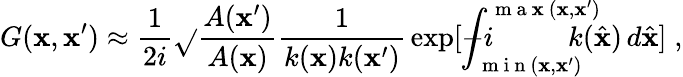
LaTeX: G(\mathbf{x},\mathbf{x}^{\prime})\approx\frac{{1}}{{2i}}\sqrt{}{{\frac{{A(\mathbf{x}^{\prime})}}{{A(\mathbf{x})}}\frac{{1}}{{{k(\mathbf{x})k(\mathbf{x}^{\prime})}}}}}\exp[-i\! \! \! \! \! \! \! \! \int_{\mathrm{{~m~i~n~}}(\mathbf{x},\mathbf{x}^{\prime})}^{\mathrm{{~m~a~\mathbf{x}~}}(\mathbf{x},\mathbf{x}^{\prime})}\! \! \! \! \! \! \! \! k(\hat{{\mathbf{x}}})\, d\hat{{\mathbf{x}}}]\; ,